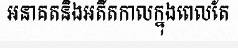
អនាគតនិងអតីតកាលក្នុងពេលតែ